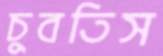
চুবতিস